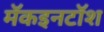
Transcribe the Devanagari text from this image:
मॅकइनटॉश